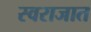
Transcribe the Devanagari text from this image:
स्वराजात